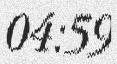
04:59